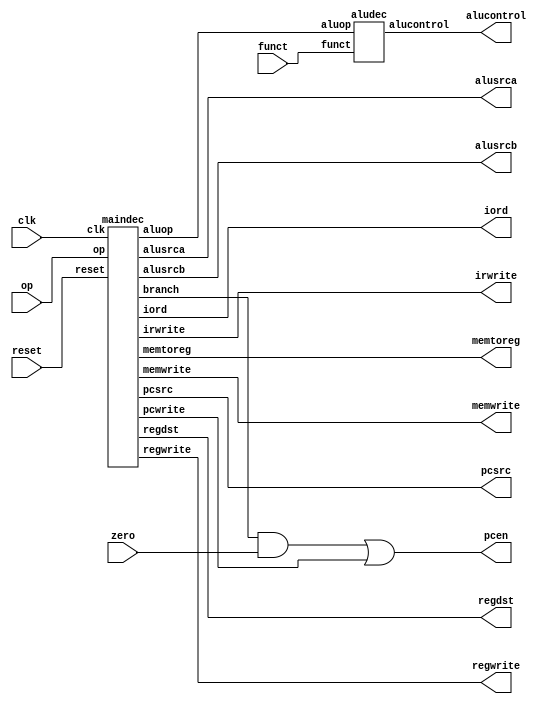
module controller(input        clk, reset,
                  input  [5:0] op, funct,
                  input        zero,
                  output       pcen, memwrite, irwrite, regwrite,
                  output       alusrca, iord, memtoreg, regdst,
                  output [1:0] alusrcb, pcsrc,
                  output [2:0] alucontrol);

  wire [1:0] aluop;
  wire       branch, pcwrite;

  // Main Decoder and ALU Decoder subunits.
  maindec md(clk, reset, op,
             pcwrite, memwrite, irwrite, regwrite,
             alusrca, branch, iord, memtoreg, regdst,
             alusrcb, pcsrc, aluop);
  aludec  ad(funct, aluop, alucontrol);

  // Add combinational logic (i.e. an assign statement)
  // to produce the PCEn signal (pcen) from the branch,
  // zero, and pcwrite signals

  assign pcen = (branch & zero) | pcwrite;

endmodule

module maindec(input        clk, reset,
               input  [5:0] op,
               output       pcwrite, memwrite, irwrite, regwrite,
               output       alusrca, branch, iord, memtoreg, regdst,
               output [1:0] alusrcb, pcsrc,
               output [1:0] aluop);

  parameter   FETCH   = 4'b0000;  // State 0
  parameter   DECODE  = 4'b0001;  // State 1
  parameter   MEMADR  = 4'b0010;	// State 2
  parameter   MEMRD   = 4'b0011;	// State 3
  parameter   MEMWB   = 4'b0100;	// State 4
  parameter   MEMWR   = 4'b0101;	// State 5
  parameter   RTYPEEX = 4'b0110;	// State 6
  parameter   RTYPEWB = 4'b0111;	// State 7
  parameter   BEQEX   = 4'b1000;	// State 8
  parameter   ADDIEX  = 4'b1001;	// State 9
  parameter   ADDIWB  = 4'b1010;	// state 10
  parameter   JEX     = 4'b1011;	// State 11

  parameter   LW      = 6'b100011;	// Opcode for lw
  parameter   SW      = 6'b101011;	// Opcode for sw
  parameter   RTYPE   = 6'b000000;	// Opcode for R-type
  parameter   BEQ     = 6'b000100;	// Opcode for beq
  parameter   ADDI    = 6'b001000;	// Opcode for addi
  parameter   J       = 6'b000010;	// Opcode for j

  reg [3:0]  state, nextstate;
  reg [14:0] controls;

  // state register
  always @(posedge clk or posedge reset)
    if(reset) state <= FETCH;
    else state <= nextstate;

  // next state logic
  always @(*)
    case(state)
      FETCH:   nextstate <= DECODE;
      DECODE:  case(op)
                  LW:      nextstate <= MEMADR;
                  SW:      nextstate <= MEMADR;
                  RTYPE:   nextstate <= RTYPEEX;
                  BEQ:     nextstate <= BEQEX;
                  ADDI:    nextstate <= ADDIEX;
                  J:       nextstate <= JEX;
                  default: nextstate <= 4'bx; // should never happen
               endcase
      MEMADR:  case(op)
                  LW:      nextstate <= MEMRD;
                  SW:      nextstate <= MEMWR;
                  default: nextstate <= 4'bx; // should never happen
                endcase
      MEMRD:   nextstate <= MEMWB;
      MEMWB:   nextstate <= FETCH;
      MEMWR:   nextstate <= FETCH;
      RTYPEEX: nextstate <= RTYPEWB;
      RTYPEWB: nextstate <= FETCH;
      BEQEX:   nextstate <= FETCH;
      ADDIEX:  nextstate <= ADDIWB;
      ADDIWB:  nextstate <= FETCH;
      JEX:     nextstate <= FETCH;
      default: nextstate <= 4'bx; // should never happen
    endcase

  // output logic
  assign {pcwrite, memwrite, irwrite, regwrite,
          alusrca, branch, iord, memtoreg,
          regdst, alusrcb, pcsrc, aluop} = controls;

    always @ (*)
    case(state)
      FETCH:     controls <= 15'h5010;     //S0
      DECODE:    controls <= 15'h0030;     //S1
      MEMADR:    controls <= 15'h0420;     //S2
      MEMRD:     controls <= 15'h0100;     //S3
      MEMWB:     controls <= 15'h0880;     //S4
      MEMWR:     controls <= 15'h2100;     //S5
      RTYPEEX:   controls <= 15'h0402;     //S6
      RTYPEWB:   controls <= 15'h0840;     //S7
      BEQEX:     controls <= 15'h0605;     //S8
      ADDIEX:    controls <= 15'h0420;     //S9
      ADDIWB:    controls <= 15'h0800;     //S10
      JEX:       controls <= 15'h4008;     //S11
      default:   controls <= 15'hxxxx;     //should never happen
    endcase
endmodule

module aludec(input  [5:0] funct,
              input  [1:0] aluop,
              output reg [2:0] alucontrol);

  always@(*)
    case(aluop)
      2'b00: alucontrol <= 3'b010;  // add
      2'b01: alucontrol <= 3'b011;  // sub
      2'b11: alucontrol <= 3'b001;  // ori
      default: case(funct)           // 10 RTYPE
          6'b100000: alucontrol <= 3'b010; // ADD
          6'b100010: alucontrol <= 3'b110; // SUB
          6'b100100: alucontrol <= 3'b000; // AND
          6'b100101: alucontrol <= 3'b001; // OR
          6'b101010: alucontrol <= 3'b111; // SLT
          default:   alucontrol <= 4'bxxxx; // ???
        endcase
    endcase

endmodule